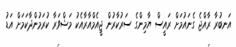
އަނބުރާ ރާއްޖެ ގެނައުމަށް ރައީސް ޔާމިންގެ ސަރުކާރުން ޖީއެމްއާރާއެކު މަޝްވަރާ ކުރަމުންދާކަމަށް އަޑު